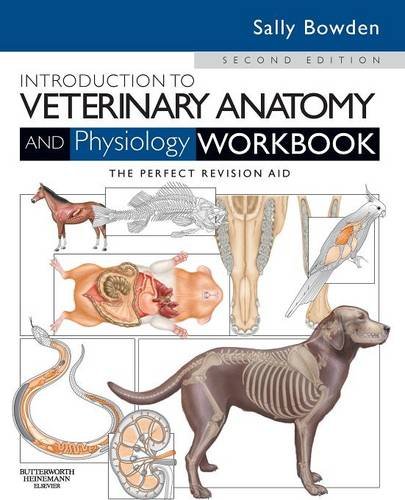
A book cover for Introduction to Veterinary Anatomy and Physiology Workbook, 2e; Sally J. Bowden VN; Medical Books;